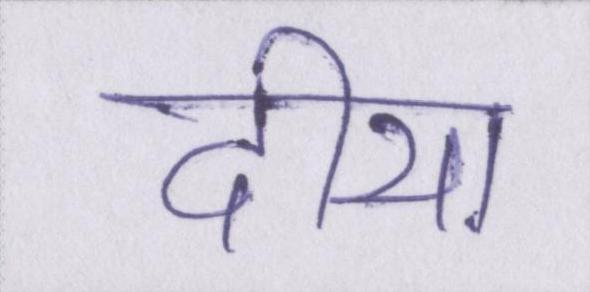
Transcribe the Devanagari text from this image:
दीया